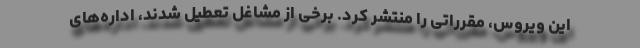
این ویروس، مقرراتی را منتشر کرد. برخی از مشاغل تعطیل شدند، اداره‌های